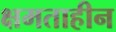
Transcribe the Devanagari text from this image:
क्षमताहीन